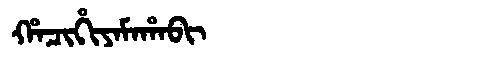
Manchu: ᡥᠠᠴᡳᡥᡳᠶᠠᠮᠠᡥᠠᠪᡳ
Romanization: HACIHIYAMAHABI